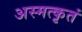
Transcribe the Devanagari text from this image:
अस्मत्कृतं